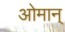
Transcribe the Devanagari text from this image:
ओमान्